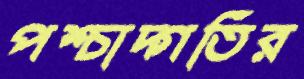
পশ্চাদ্গতির